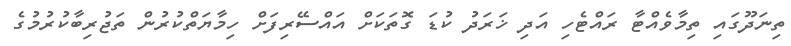
ތިނަދޫގައި ތިމާވެއްޓާ ރައްޓެހި އަދި ޚަރަދު ކުޑަ ގޮތަކަށް އައްސޭރިފަށް ހިމާޔަތްކުރުން ތަޖުރިބާކުރުމުގެ